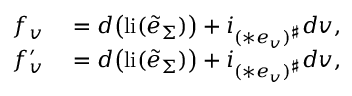
\begin{array} { r l } { f _ { v } } & { { } = d \big ( \mathrm { l i } ( \tilde { e } _ { \Sigma } ) \big ) + i _ { ( \ast e _ { v } ) ^ { \sharp } } d v , } \\ { f _ { v } ^ { \prime } } & { { } = d \big ( \mathrm { l i } ( \tilde { e } _ { \Sigma } ) \big ) + i _ { ( \ast e _ { v } ) ^ { \sharp } } d v , } \end{array}